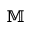
\mathbb { M }